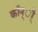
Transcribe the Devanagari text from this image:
कॉन्ी्